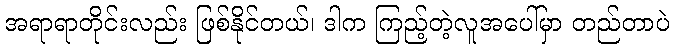
အရာရာတိုင်းလည်း ဖြစ်နိုင်တယ်၊ ဒါက ကြည့်တဲ့လူအပေါ်မှာ တည်တာပဲ